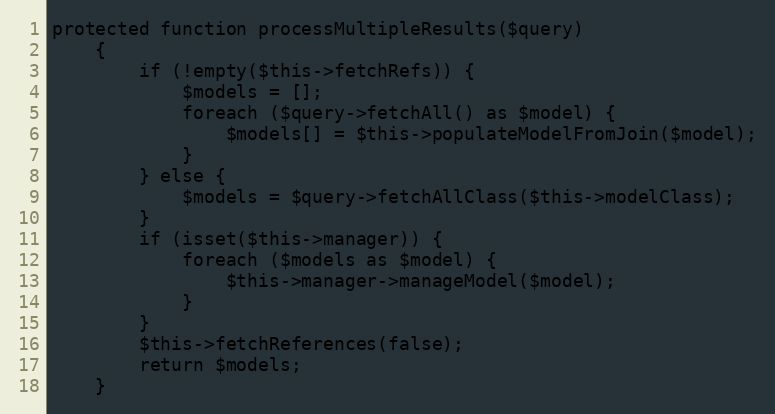
Language: PHP
protected function processMultipleResults($query)
    {
        if (!empty($this->fetchRefs)) {
            $models = [];
            foreach ($query->fetchAll() as $model) {
                $models[] = $this->populateModelFromJoin($model);
            }
        } else {
            $models = $query->fetchAllClass($this->modelClass);
        }
        if (isset($this->manager)) {
            foreach ($models as $model) {
                $this->manager->manageModel($model);
            }
        }
        $this->fetchReferences(false);
        return $models;
    }